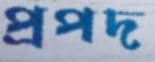
প্রপদ